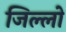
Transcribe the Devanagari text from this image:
जिल्लो